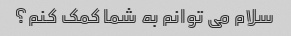
سلام می توانم به شما کمک کنم؟